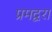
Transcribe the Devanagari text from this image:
प्रमद्वरा